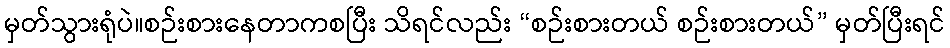
မှတ်သွားရုံပဲ။စဉ်းစားနေတာကစပြီး သိရင်လည်း “စဉ်းစားတယ် စဉ်းစားတယ်” မှတ်ပြီးရင်